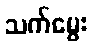
သက်မွေး